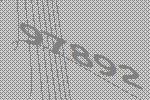
97892